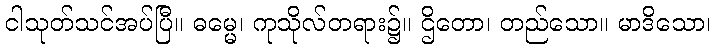
ငါသုတ်သင်အပ်ပြီ။ ဓမ္မေ၊ ကုသိုလ်တရား၌။ ဌိတော၊ တည်သော။ မာဒိသော၊